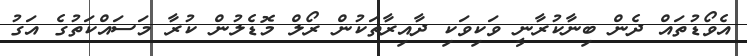
އެވޯޑުތައް ދެން ބިނާކުރާނީ ވަކިވަކި ދާއިރާތަކުން ރޯލް މޮޑެލުން ކުރާ މަސައްކަތުގެ އަގު